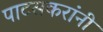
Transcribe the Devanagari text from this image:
पाटसकरांनी